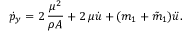
\dot { p } _ { y } = 2 \, \frac { \mu ^ { 2 } } { \rho A } + 2 \, \mu \dot { u } + ( m _ { 1 } + \tilde { m } _ { 1 } ) \ddot { u } .